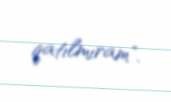
qatılmıram".